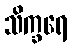
သိက္ခရေ